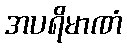
အပရိမာဏံ